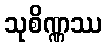
သုစိဏ္ဏဿ